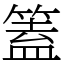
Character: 篕